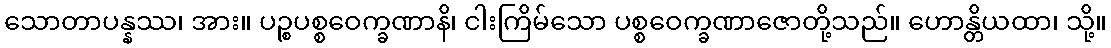
သောတာပန္နဿ၊ အား။ ပဉ္စပစ္စဝေက္ခဏာနိ၊ ငါးကြိမ်သော ပစ္စဝေက္ခဏာဇောတို့သည်။ ဟောန္တိယထာ၊ သို့။